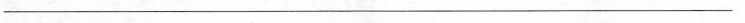
\underline